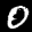
Label: 0